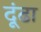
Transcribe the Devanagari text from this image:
दूंढा